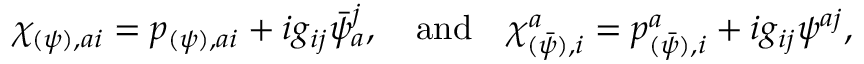
\chi _ { ( \psi ) , a i } = p _ { ( \psi ) , a i } + i g _ { i j } \bar { \psi } _ { a } ^ { j } , \quad \mathrm { a n d } \quad \chi _ { ( \bar { \psi } ) , i } ^ { a } = p _ { ( \bar { \psi } ) , i } ^ { a } + i g _ { i j } \psi ^ { a j } ,